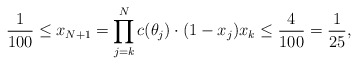
\begin{align*}\frac1{100} \leq x_{N+1} = \prod \limits_{j=k}^{N} c(\theta_j) \cdot (1 - x_j) x_k \leq \frac4{100} = \frac1{25},\end{align*}